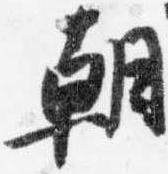
朝